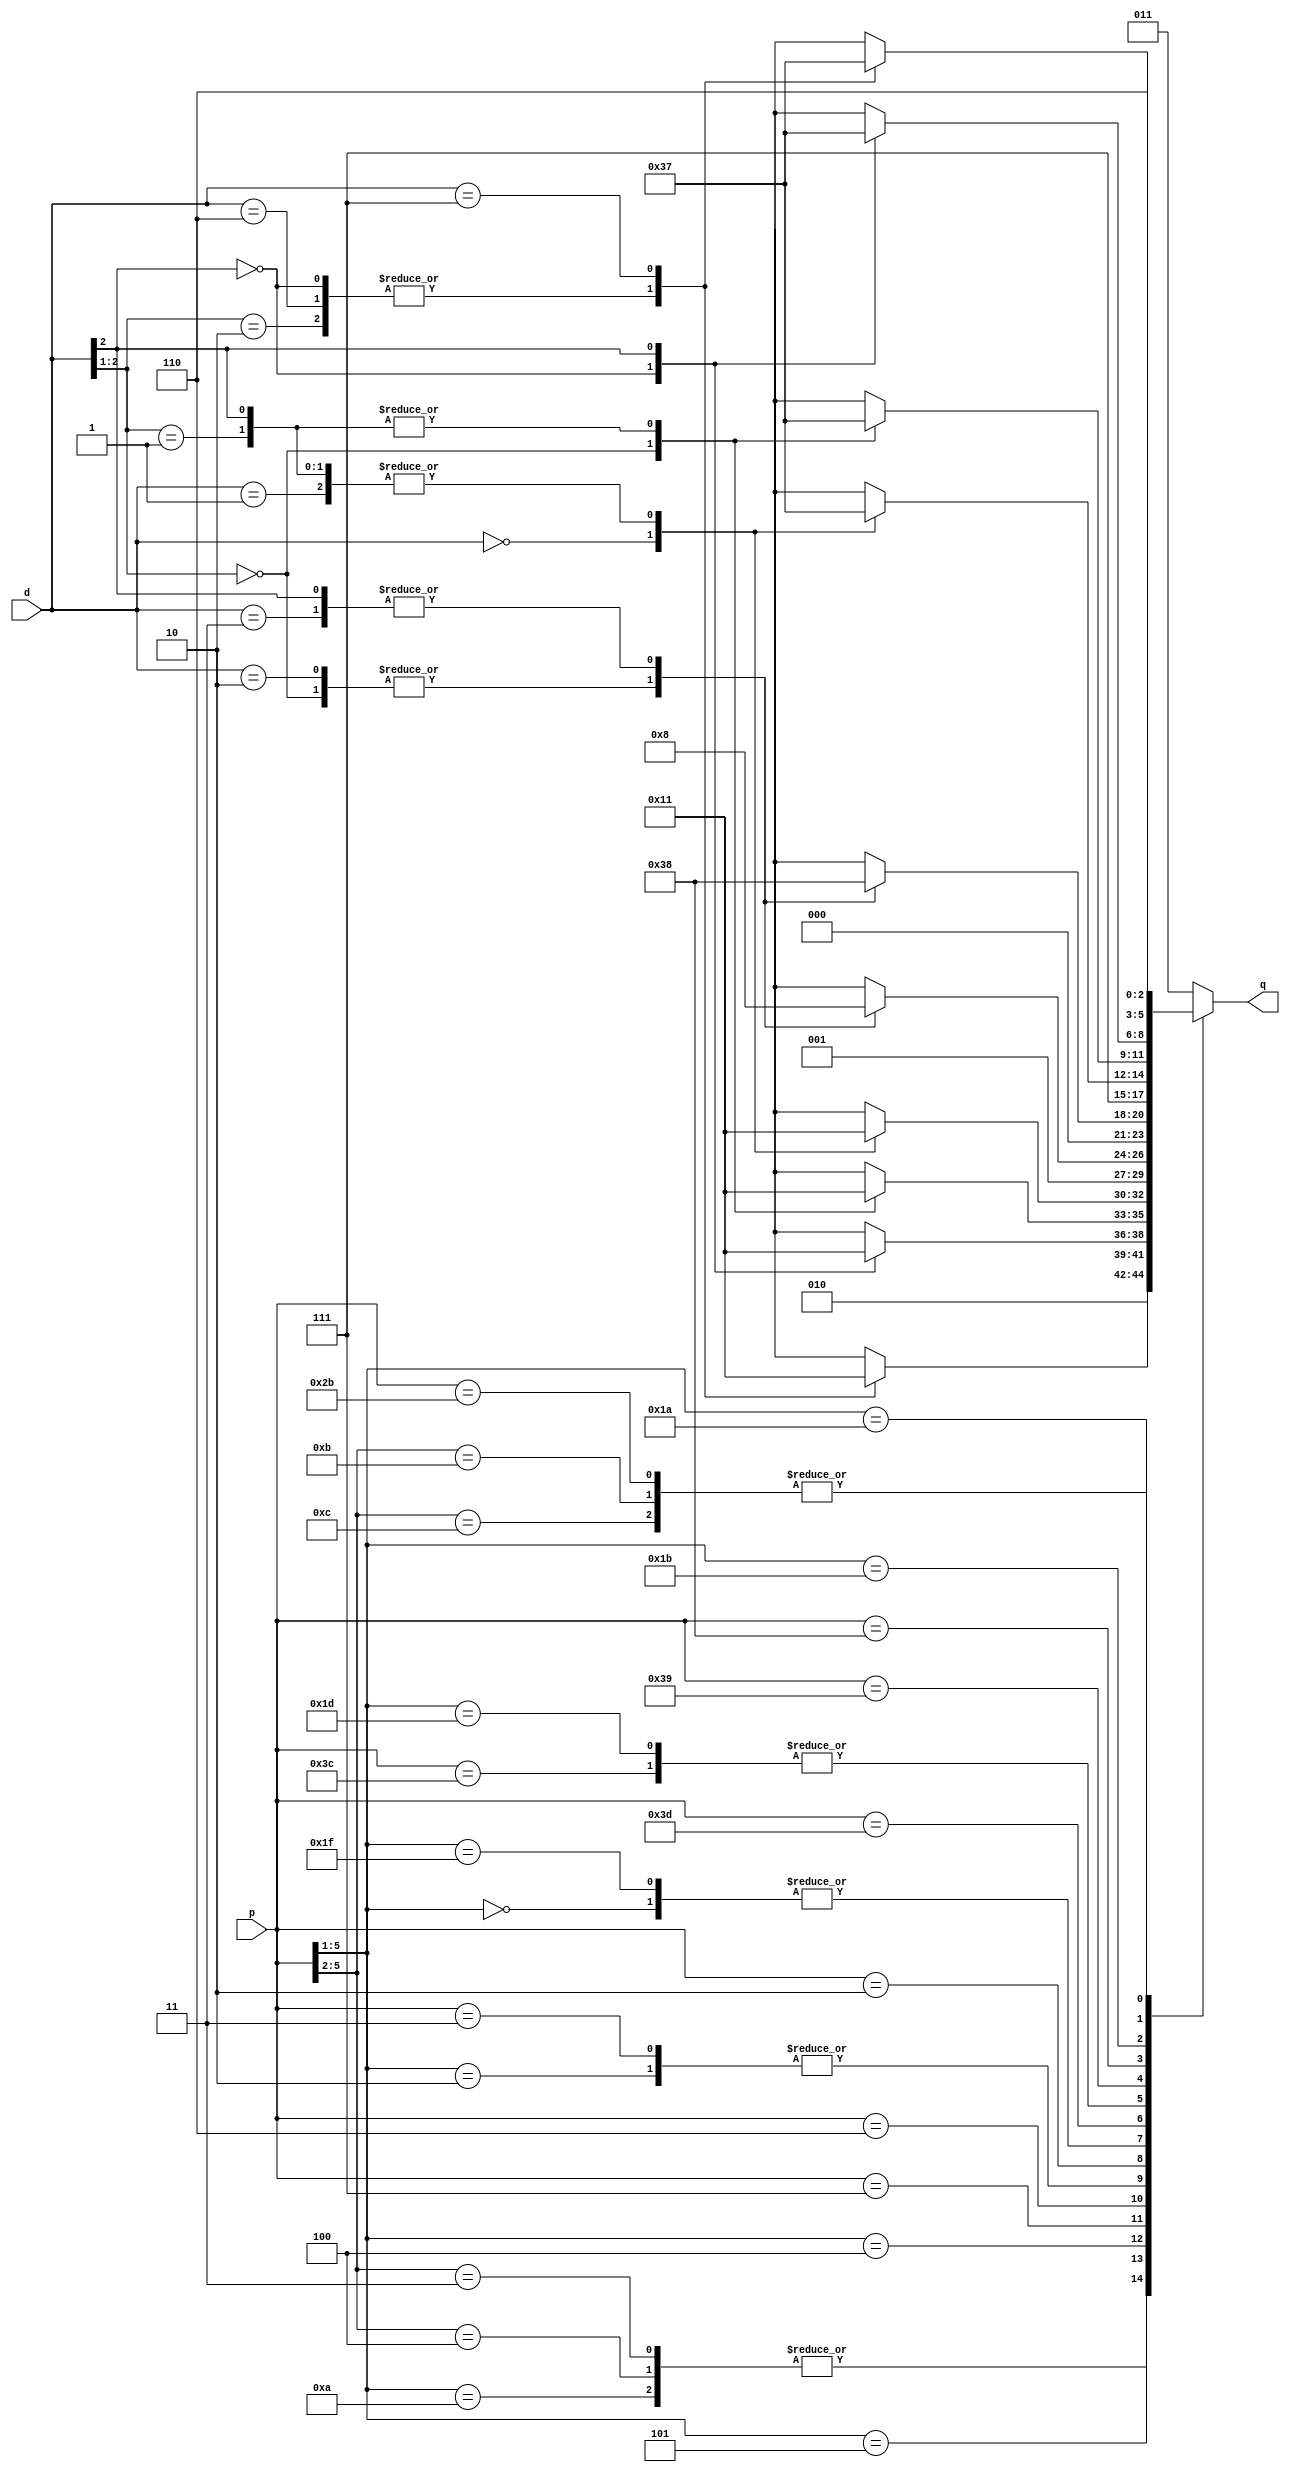
`timescale 1ps/1ps

module QDS(p,d,q);

input wire [5:0]p;
input wire [2:0]d;
output reg signed [2:0]q; 

always @(p,d)
begin
    casex(p)
        6'b01010x:q = 2;
        6'b0100xx:q = 2;
        6'b0011xx:q = 2;
        6'b00101x:begin
            casex(d)
                3'b0xx:q = 2;
                3'b10x:q = 2;
                3'b110:q = 2;
                3'b111:q = 1;
            endcase
        end
        6'b00100x:begin
            casex(d)
                3'b0xx:q = 2;
                3'b1xx:q = 1;
            endcase    
        end
        6'b000111:begin
            casex(d)
                3'b00x:q = 2;
                3'b01x:q = 1;
                3'b1xx:q = 1;
            endcase
        end
        6'b000110:begin
            casex(d)
                3'b000:q = 2;
                3'b001:q = 1;
                3'b01x:q = 1;
                3'b1xx:q = 1;
            endcase
        end
        6'b00010x:q = 1;
        6'b000011:q = 1;
        6'b000010:begin
            casex(d)
                3'b00x:q = 1;
                3'b010:q = 1;
                3'b011:q = 0;
                3'b1xx:q = 0;
            endcase
        end
        6'b00000x:q = 0;
        6'b11111x:q = 0;
        6'b111101:begin
            casex(d)
                3'b00x:q = -1;
                3'b010:q = -1;
                3'b011:q = 0;
                3'b1xx:q = 0;
            endcase
        end
        6'b111100:q = -1;
        6'b11101x:q = -1;
        6'b111001:begin
            casex(d)
                3'b000:q = -2;
                3'b001:q = -1;
                3'b01x:q = -1;
                3'b1xx:q = -1;
            endcase
        end
        6'b111000:begin
            casex(d)
                3'b00x:q = -2;
                3'b01x:q = -1;
                3'b1xx:q = -1;
            endcase
        end
        6'b11011x:begin
            casex(d)
                3'b0xx:q = -2;
                3'b1xx:q = -1;
            endcase
        end
        6'b11010x:begin
            casex(d)
                3'b0xx:q = -2;
                3'b10x:q = -2;
                3'b110:q = -2;
                3'b111:q = -1;
            endcase
        end
        6'b1100xx:q = -2;
        6'b1011xx:q = -2;
        6'b101011:q = -2;
        default:q = 3'b011;
    endcase
end

endmodule